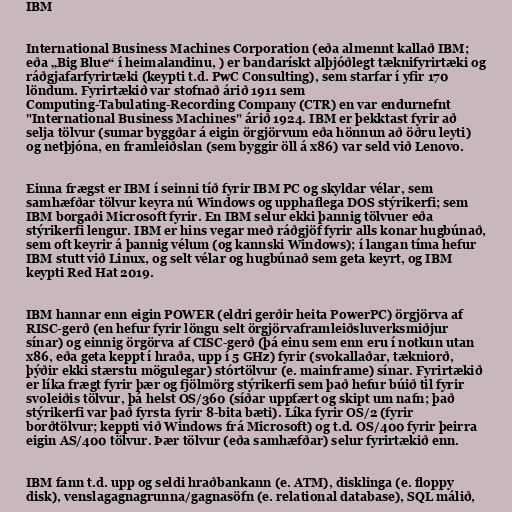
IBM

International Business Machines Corporation (eða almennt kallað IBM;
eða „Big Blue“ í heimalandinu, ) er bandarískt alþjóðlegt tæknifyrirtæki og
ráðgjafarfyrirtæki (keypti t.d. PwC Consulting), sem starfar í yfir 170
löndum. Fyrirtækið var stofnað árið 1911 sem
Computing-Tabulating-Recording Company (CTR) en var endurnefnt
"International Business Machines" árið 1924. IBM er þekktast fyrir að
selja tölvur (sumar byggðar á eigin örgjörvum eða hönnun að öðru leyti)
og netþjóna, en framleiðslan (sem byggir öll á x86) var seld við Lenovo.

Einna frægst er IBM í seinni tíð fyrir IBM PC og skyldar vélar, sem
samhæfðar tölvur keyra nú Windows og upphaflega DOS stýrikerfi; sem
IBM borgaði Microsoft fyrir. En IBM selur ekki þannig tölvuer eða
stýrikerfi lengur. IBM er hins vegar með ráðgjöf fyrir alls konar hugbúnað,
sem oft keyrir á þannig vélum (og kannski Windows); í langan tíma hefur
IBM stutt við Linux, og selt vélar og hugbúnað sem geta keyrt, og IBM
keypti Red Hat 2019.

IBM hannar enn eigin POWER (eldri gerðir heita PowerPC) örgjörva af
RISC-gerð (en hefur fyrir löngu selt örgjörvaframleiðsluverksmiðjur
sínar) og einnig örgörva af CISC-gerð (þá einu sem enn eru í notkun utan
x86, eða geta keppt í hraða, upp í 5 GHz) fyrir (svokallaðar, tækniorð,
þýðir ekki stærstu mögulegar) stórtölvur (e. mainframe) sínar. Fyrirtækið
er líka frægt fyrir þær og fjölmörg stýrikerfi sem það hefur búið til fyrir
svoleiðis tölvur, þá helst OS/360 (síðar uppfært og skipt um nafn; það
stýrikerfi var það fyrsta fyrir 8-bita bæti). Líka fyrir OS/2 (fyrir
borðtölvur; keppti við Windows frá Microsoft) og t.d. OS/400 fyrir þeirra
eigin AS/400 tölvur. Þær tölvur (eða samhæfðar) selur fyrirtækið enn.

IBM fann t.d. upp og seldi hraðbankann (e. ATM), disklinga (e. floppy
disk), venslagagnagrunna/gagnasöfn (e. relational database), SQL málið,